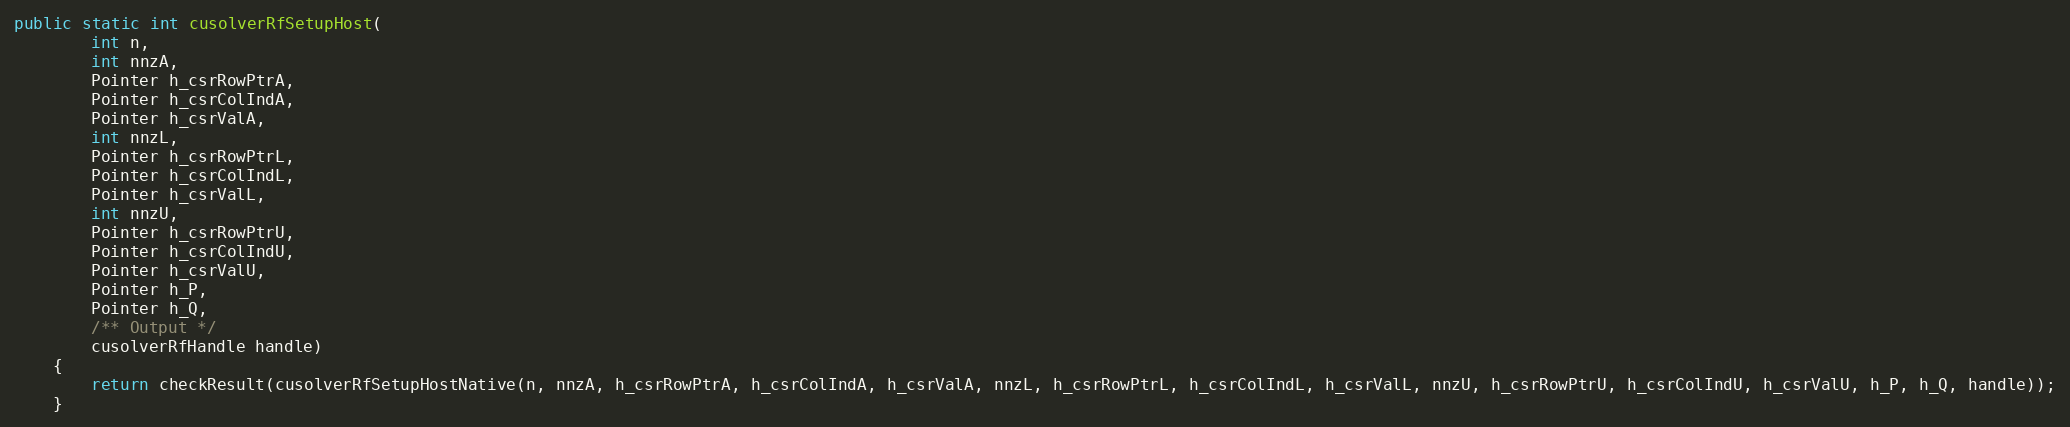
Language: Java
public static int cusolverRfSetupHost(
        int n,
        int nnzA,
        Pointer h_csrRowPtrA,
        Pointer h_csrColIndA,
        Pointer h_csrValA,
        int nnzL,
        Pointer h_csrRowPtrL,
        Pointer h_csrColIndL,
        Pointer h_csrValL,
        int nnzU,
        Pointer h_csrRowPtrU,
        Pointer h_csrColIndU,
        Pointer h_csrValU,
        Pointer h_P,
        Pointer h_Q,
        /** Output */
        cusolverRfHandle handle)
    {
        return checkResult(cusolverRfSetupHostNative(n, nnzA, h_csrRowPtrA, h_csrColIndA, h_csrValA, nnzL, h_csrRowPtrL, h_csrColIndL, h_csrValL, nnzU, h_csrRowPtrU, h_csrColIndU, h_csrValU, h_P, h_Q, handle));
    }